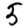
Digit: 5